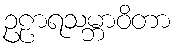
ဥဠာရသမ္ဘာဝိတာ